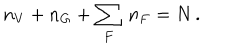
LaTeX: n _ { V } + n _ { G } + \sum _ { F } \, n _ { F } = N \, .